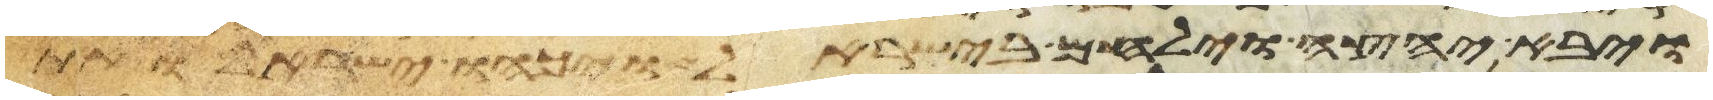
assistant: ויבא יחצה וילחם בישראל ויכהו ישראל ואת